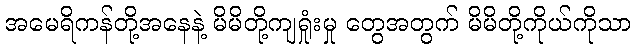
အမေရိကန်တို့အနေနဲ့ မိမိတို့ကျရှုံးမှု တွေအတွက် မိမိတို့ကိုယ်ကိုသာ